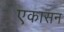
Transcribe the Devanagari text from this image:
एकासन